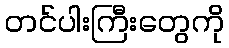
တင်ပါးကြီးတွေကို